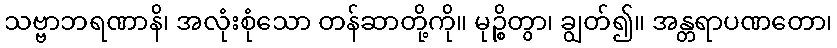
သဗ္ဗာဘရဏာနိ၊ အလုံးစုံသော တန်ဆာတို့ကို။ မုဉ္စိတွာ၊ ချွတ်၍။ အန္တရာပဏတော၊